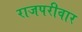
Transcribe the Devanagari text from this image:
राजपरीवार